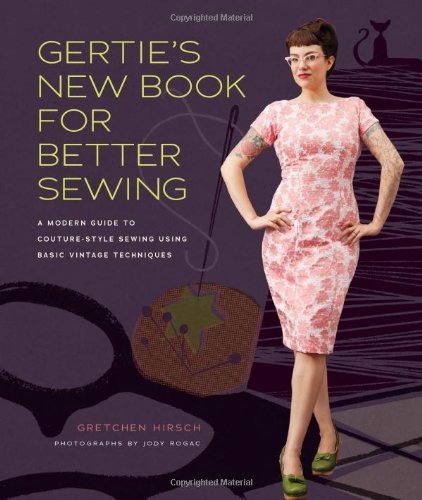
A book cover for Gertie's New Book for Better Sewing:: A Modern Guide to Couture-Style Sewing Using Basic Vintage Techniques; Gretchen Hirsch; Crafts, Hobbies & Home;